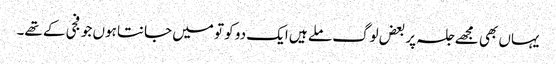
یہاں بھی مجھے جلسہ پر بعض لوگ ملے ہیں ایک دو کو تو میں جانتا ہوں جو فجی کے تھے۔